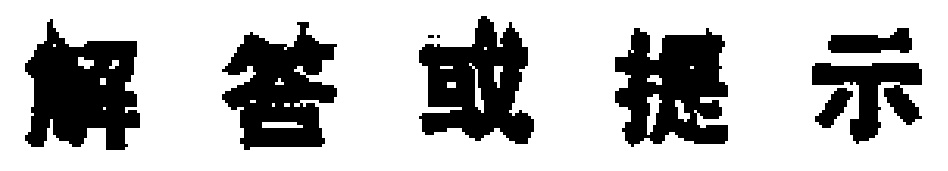
解答或提示